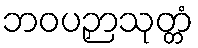
ဘဝပဉှာသုတ္တံ